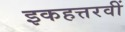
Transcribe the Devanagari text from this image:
इकहत्तरवीं